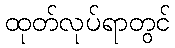
ထုတ်လုပ်ရာတွင်